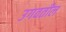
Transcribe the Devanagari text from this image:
उगवतील